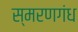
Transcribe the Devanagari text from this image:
स्मरणगंध